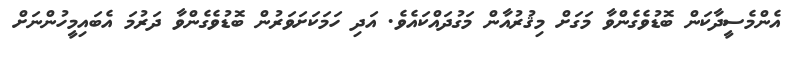
އެންމެސީދާކަން ބޮޑުވެގެންވާ މަގަށް މިޤުރުއާން މަގުދައްކައެވެ. އަދި ހަމަކަށަވަރުން ބޮޑުވެގެންވާ ދަރުމަ އެބައިމީހުންނަށް